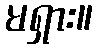
မရှား။